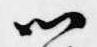
以